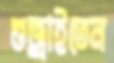
গুজ্‌রাইতেন